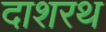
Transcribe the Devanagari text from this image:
दाशरथ